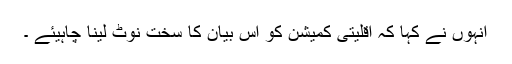
انہوں نے کہا کہ اقلیتی کمیشن کو اس بیان کا سخت نوٹ لینا چاہیئے ۔